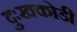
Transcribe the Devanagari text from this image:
दुःखकोडी